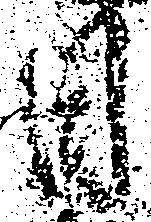
日